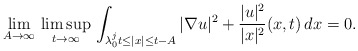
\begin{align*}\lim_{A\to\infty}\,\limsup_{t\to\infty}\,\int_{\lambda_0^jt\leq |x|\leq t-A}|\nabla u|^2+\frac{|u|^2}{|x|^2}(x,t)\,dx=0.\end{align*}